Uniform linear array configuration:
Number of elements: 16
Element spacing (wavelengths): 0.75
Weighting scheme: hann
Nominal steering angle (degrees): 45
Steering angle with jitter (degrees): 45.982
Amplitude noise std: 0.05
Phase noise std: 0.05

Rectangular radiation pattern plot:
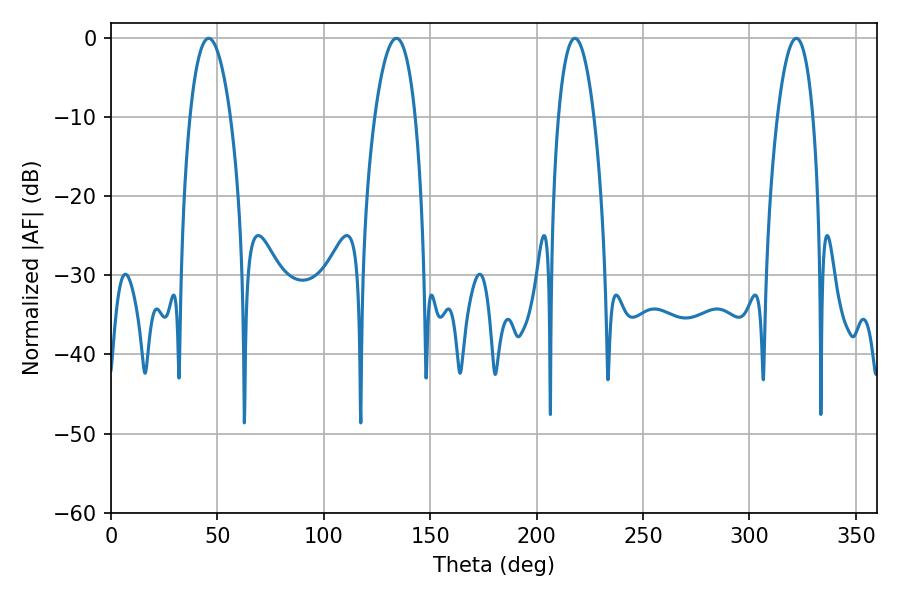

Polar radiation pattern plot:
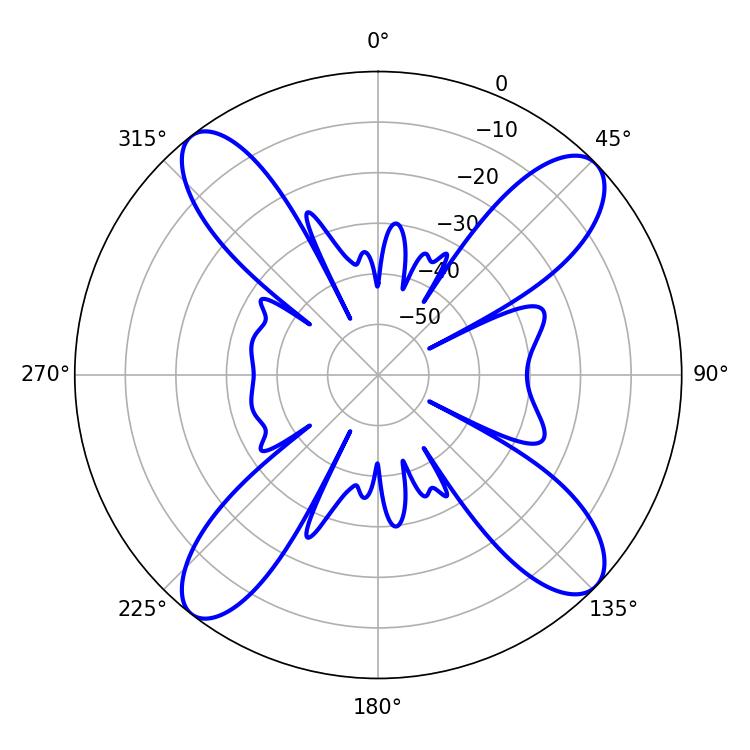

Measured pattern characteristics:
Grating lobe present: TRUE
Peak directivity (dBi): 14.528
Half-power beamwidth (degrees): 9.36
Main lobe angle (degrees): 217.98